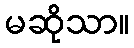
မဆိုသာ။